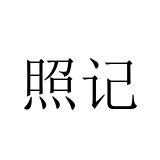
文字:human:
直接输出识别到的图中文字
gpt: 照记